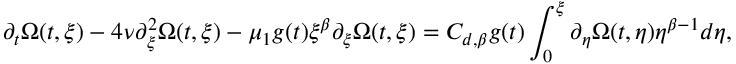
\partial _ { t } \Omega ( t , \xi ) - 4 \nu \partial _ { \xi } ^ { 2 } \Omega ( t , \xi ) - \mu _ { 1 } g ( t ) \xi ^ { \beta } \partial _ { \xi } \Omega ( t , \xi ) = C _ { d , \beta } g ( t ) \int _ { 0 } ^ { \xi } \partial _ { \eta } \Omega ( t , \eta ) \eta ^ { \beta - 1 } d \eta ,